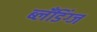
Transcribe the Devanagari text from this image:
ब्लँडिंग्ज